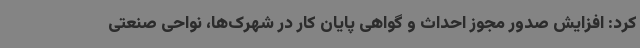
کرد: افزایش صدور مجوز احداث و گواهی پایان کار در شهرک‌ها، نواحی صنعتی